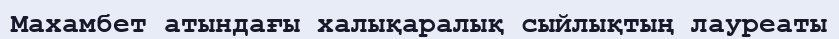
Махамбет атындағы халықаралық сыйлықтың лауреаты